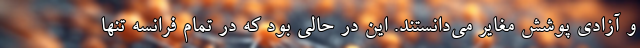
و آزادی پوشش مغایر می‌دانستند. این در حالی بود که در تمام فرانسه تنها